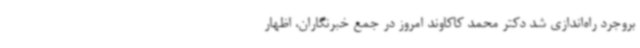
بروجرد راه‌اندازی شد دکتر محمد کاکاوند امروز در جمع خبرنگاران، اظهار